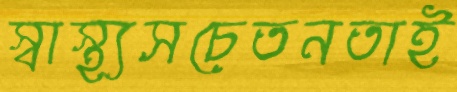
স্বাস্থ্যসচেতনতাই